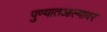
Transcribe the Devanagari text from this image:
पुण्यातआल्यावर